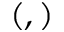
( , )